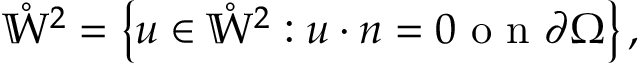
\mathring { \mathbb { W } } ^ { 2 } = \left\{ u \in \mathring { \mathbb { W } } ^ { 2 } : u \cdot n = 0 \mathrm { ~ o ~ n ~ } \partial \Omega \right\} ,